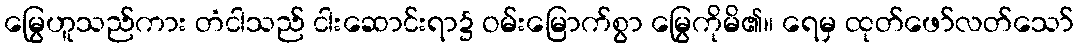
မြွေဟူသည်ကား တံငါသည် ငါးဆောင်းရာ၌ ဝမ်းမြောက်စွာ မြွေကိုမိ၏။ ရေမှ ထုတ်ဖော်လတ်သော်